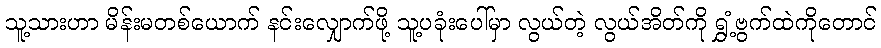
သူ့သားဟာ မိန်းမတစ်ယောက် နင်းလျှောက်ဖို့ သူ့ပခုံးပေါ်မှာ လွယ်တဲ့ လွယ်အိတ်ကို ရွှံ့ဗွက်ထဲကိုတောင်